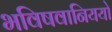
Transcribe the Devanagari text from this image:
भविषवानिययो